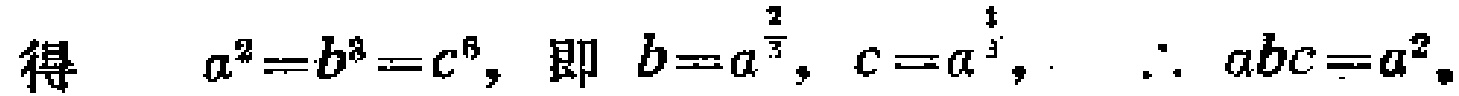
得 \[ a^{2}=b^{3}=c^{6},\ 即\ b = a^{\frac{2}{3}},\ c = a^{\frac{1}{3}},\ \therefore\ abc = a^{2}。\]